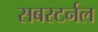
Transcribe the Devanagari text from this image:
सबस्टर्नल